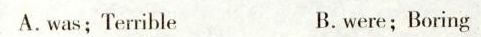
A.was;Terrible B.were;Boring